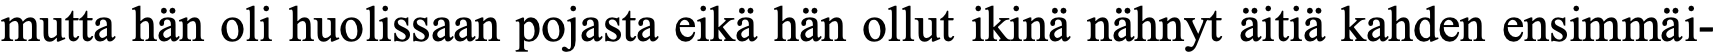
mutta hän oli huolissaan pojasta eikä hän ollut ikinä nähnyt äitiä kahden ensimmäi-